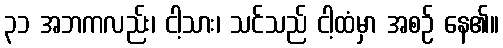
၃၁ အဘကလည်း၊ ငါ့သား၊ သင်သည် ငါ့ထံမှာ အစဉ် နေ၏။